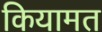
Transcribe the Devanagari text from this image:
कियामत